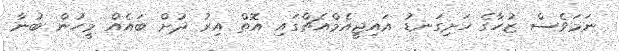
ނަމަވެސް ޒުހާގެ ހަށިގަނޑު އައިޖީއެމްއެޗްގައި އޮތް އިރު ދުށް ބައެއް މީހުން ބުނާ